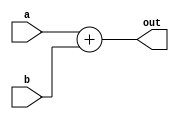
`timescale 1ns / 1ps
//////////////////////////////////////////////////////////////////////////////////
// Company: 
// Engineer: 
// 
// Design Name: 
// Module Name:    adder 
// Project Name: 
// Target Devices: 
// Tool versions: 
// Description: 
//
// Dependencies: 
//
// Revision: 
// Revision 0.01 - File Created
// Additional Comments: 
//
//////////////////////////////////////////////////////////////////////////////////
  module adder(
    input wire [31:0] a,
	 input wire [31:0] b,
 	 output wire [31:0] out
    );
    assign out = a + b;

  endmodule